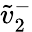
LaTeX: \tilde{v}_{2}^{-}